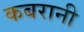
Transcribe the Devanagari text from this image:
कबरानी